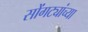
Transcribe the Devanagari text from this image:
सोंगट्यांच्या